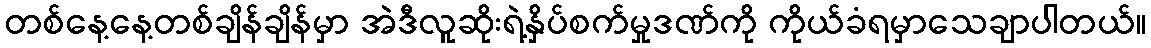
တစ်နေ့နေ့တစ်ချိန်ချိန်မှာ အဲဒီလူဆိုးရဲ့နှိပ်စက်မှုဒဏ်ကို ကိုယ်ခံရမှာသေချာပါတယ်။